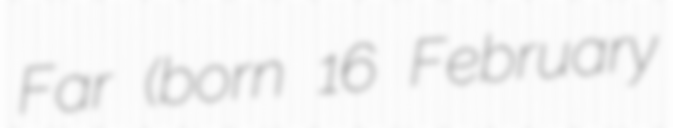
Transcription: Far (born 16 February